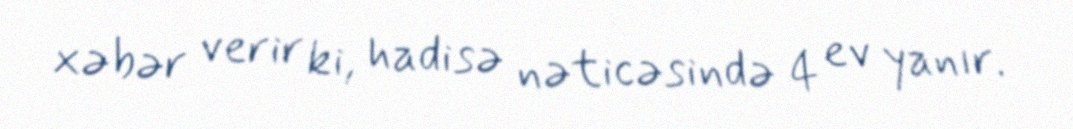
xəbər verir ki, hadisə nəticəsində 4 ev yanır.